Civil Veterinary Dept. Bombay admin report 1932-41 - 1932-1941
Year: 1932
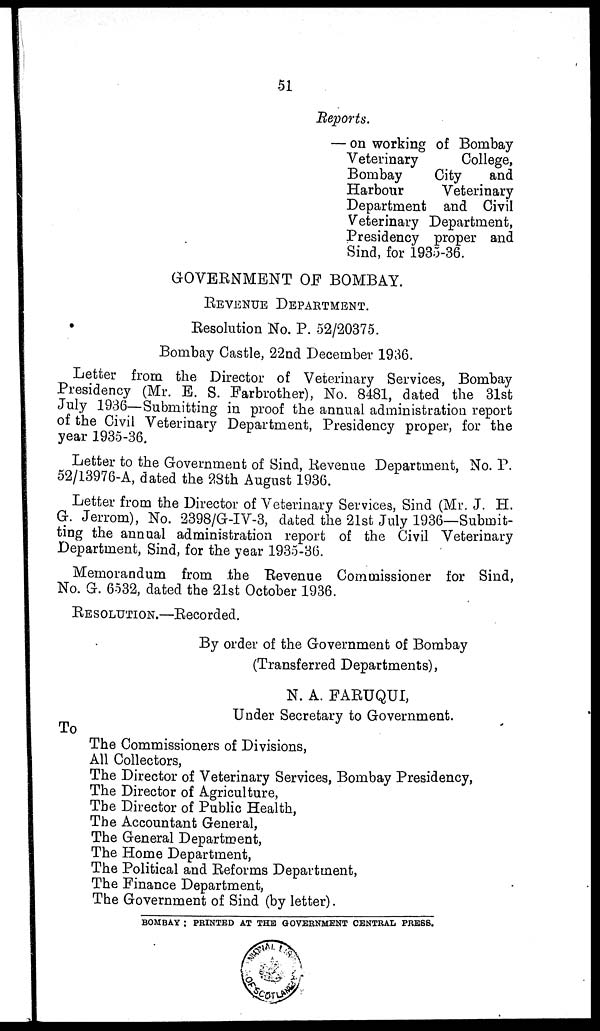
51
Reports.
— on working of Bombay
Veterinary
College,
Bombay
City
and
Harbour
Veterinary
Department and Civil
Veterinary Department,
Presidency proper and
Sind, for 1935-36.
GOVERNMENT OF BOMBAY.
REVENUE DEPARTMENT.
Resolution No. P. 52/20375.
Bombay Castle, 22nd December 1936.
Letter from the Director of Veterinary Services, Bombay
Presidency (Mr. E. S. Farbrother), No. 8481, dated the 31st
July 1936—Submitting in proof the annual administration report
of the Civil Veterinary Department, Presidency proper, for the
year 1935-36.
Letter to the Government of Sind, Revenue Department, No. P.
52/13976-A, dated the 28th August 1936.
Letter from the Director of Veterinary Services, Sind (Mr. J. H.
G. Jerrom), No. 2398/G-IV-3, dated the 21st July 1936—Submit-
ting the annual administration report of the Civil Veterinary
Department, Sind, for the year 1935-36.
Memorandum from the Revenue Commissioner for Sind,
No. G. 6532, dated the 21st October 1936.
RESOLUTION.—Recorded.
By order of the Government of Bombay
(Transferred Departments),
N. A. FARUQUI,
Under Secretary to Government.
To
The Commissioners of Divisions,
All Collectors,
The Director of Veterinary Services, Bombay Presidency,
The Director of Agriculture,
The Director of Public Health,
The Accountant General,
The General Department,
The Home Department,
The Political and Reforms Department,
The Finance Department,
The Government of Sind (by letter).
BOMBAY : PRINTED AT THE GOVERNMENT CENTRAL PRESS.